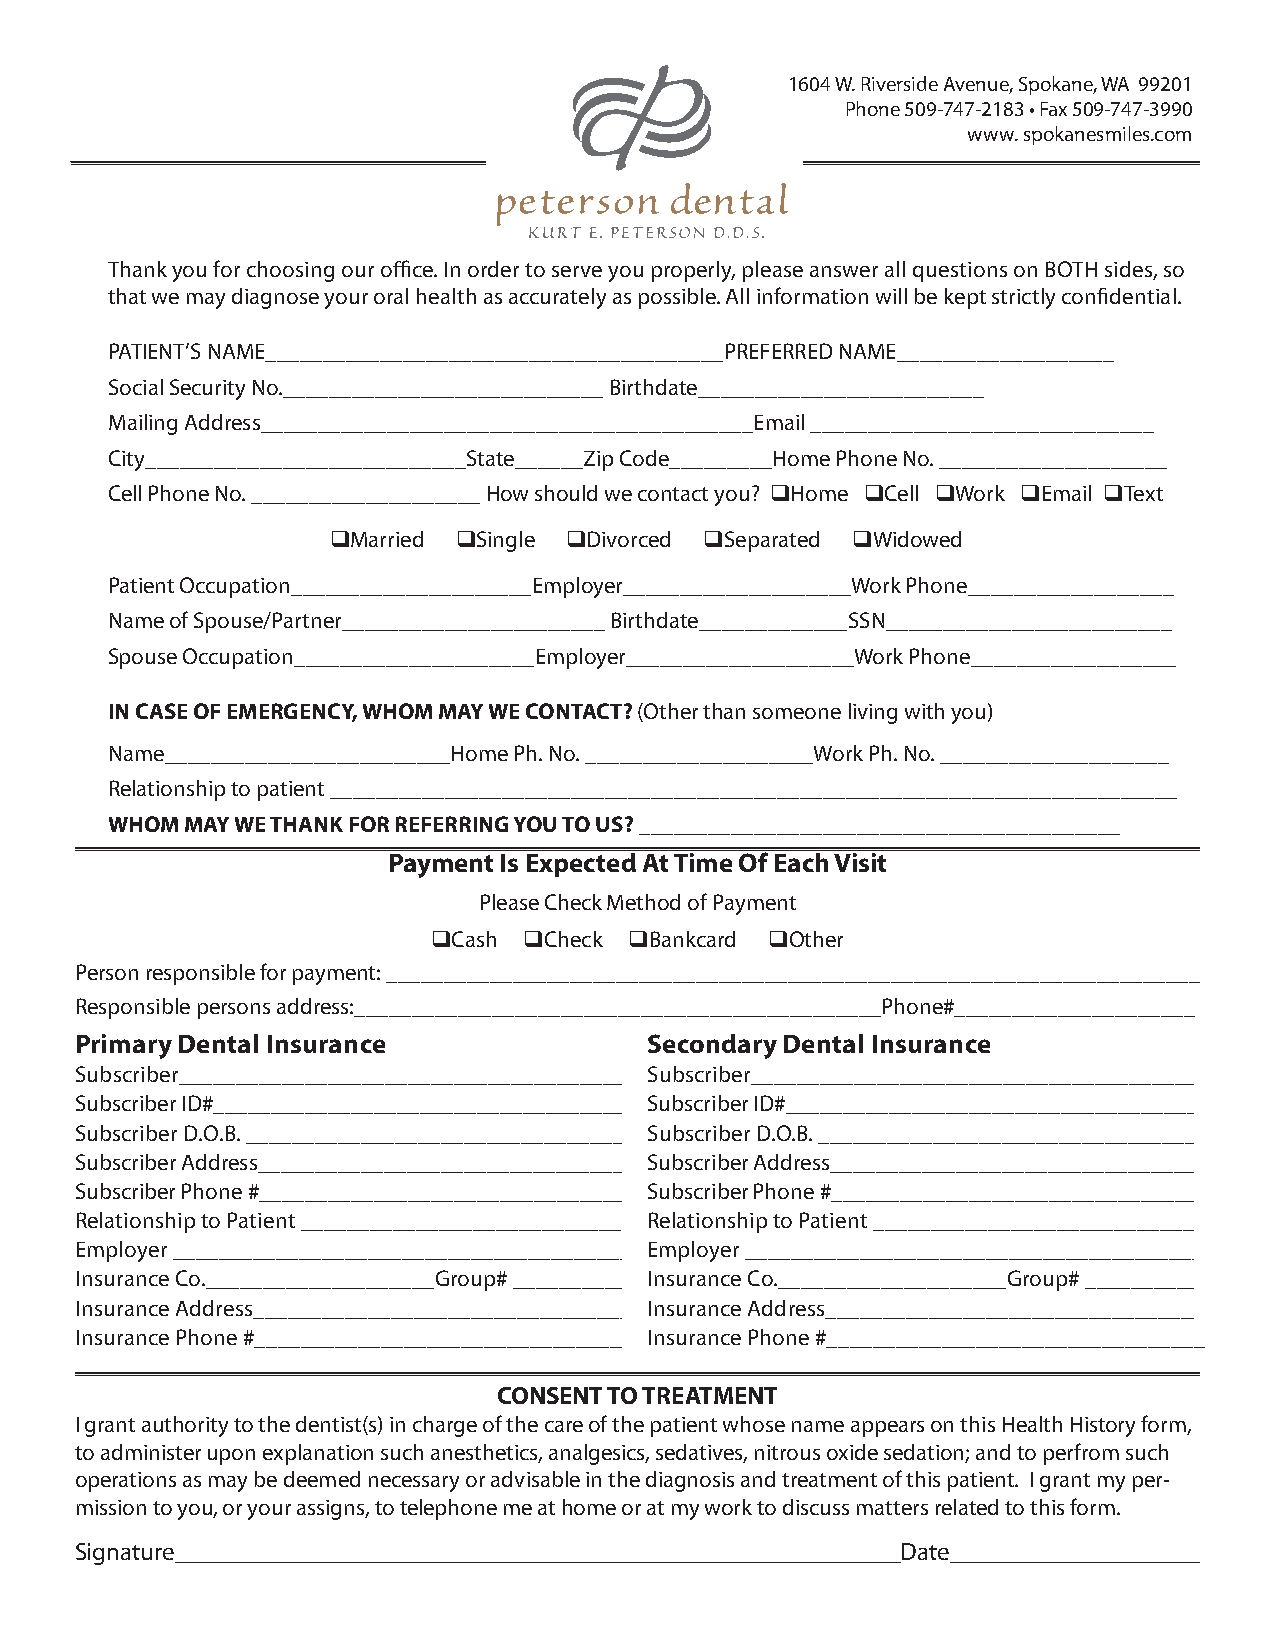
1604 W. Riverside Avenue, Spokane, WA 99201
 Phone 509-747-2183 • Fax 509-747-3990
 www. spokanesmiles.com
 Thank you for choosing our office. In order to serve you properly, please answer all questions on BOTH sides, so
 that we may diagnose your oral health as accurately as possible. All information will be kept strictly confidential.
 PATIENT’S NAME________________________________________PREFERRED NAME___________________
 Social Security No.____________________________ Birthdate_________________________
 Mailing Address___________________________________________Email ______________________________
 City____________________________State______Zip Code_________Home Phone No. ____________________
 Cell Phone No. ____________________ How should we contact you? qHome qCell qWork qEmail qText
 qMarried qSingle qDivorced qSeparated qWidowed
 Patient Occupation_____________________Employer____________________Work Phone__________________
 Name of Spouse/Partner_______________________ Birthdate_____________SSN_________________________
 Spouse Occupation_____________________Employer____________________Work Phone__________________
 IN CASE OF EMERGENCY, WHOM MAY WE CONTACT? (Other than someone living with you)
 Name_________________________Home Ph. No. ____________________Work Ph. No. ____________________
 Relationship to patient __________________________________________________________________________
 WHOM MAY WE THANK FOR REFERRING YOU TO US? __________________________________________
 Payment Is Expected At Time Of Each Visit
 Please Check Method of Payment
 qCash qCheck qBankcard qOther
 Person responsible for payment: _______________________________________________________________________
 Responsible persons address:______________________________________________Phone#_____________________
 Primary Dental Insurance              Secondary Dental Insurance
 Subscriber_______________________________________ Subscriber_______________________________________
 Subscriber ID#____________________________________ Subscriber ID#____________________________________
 Subscriber D.O.B. _________________________________ Subscriber D.O.B. _________________________________
 Subscriber Address_________________________________ Subscriber Address_________________________________
 Subscriber Phone #_________________________________ Subscriber Phone #_________________________________
 Relationship to Patient _____________________________ Relationship to Patient _____________________________
 Employer ________________________________________ Employer ________________________________________
 Insurance Co.____________________Group# __________ Insurance Co.____________________Group# __________
 Insurance Address_________________________________ Insurance Address_________________________________
 Insurance Phone #_________________________________ Insurance Phone #_________________________________
 CONSENT TO TREATMENT
 I grant authority to the dentist(s) in charge of the care of the patient whose name appears on this Health History form,
 to administer upon explanation such anesthetics, analgesics, sedatives, nitrous oxide sedation; and to perfrom such
 operations as may be deemed necessary or advisable in the diagnosis and treatment of this patient. I grant my per-
 mission to you, or your assigns, to telephone me at home or at my work to discuss matters related to this form.
 Signature__________________________________________________________Date____________________